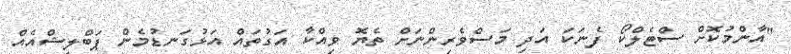
"އާންމުކޮށް ސްޓެލްކޯ ފެނަކަ އަދި މަސްވެރިންނަށް ތެޔޮ ވިއްކާ އަގުތައް އަޅުގަނޑުމެން ޕަބްލިޝްއެއް